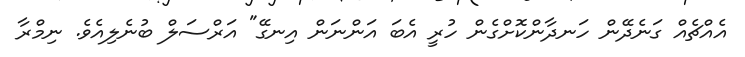
އެއްޗެއް ގަނެދޭން ހަނދާންކޮށްގެން ހުރީ އެބަ އަންނަން އިނގޭ" އަރްސަލް ބުނެލިއެވެ. ނިމްރާ